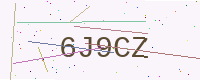
Text: 6J9CZ